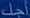
أحدك